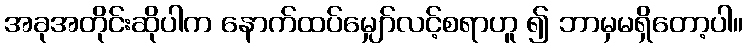
အခုအတိုင်းဆိုပါက နောက်ထပ်မျှော်လင့်စရာဟူ ၍ ဘာမှမရှိတော့ပါ။